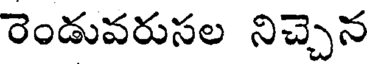
రెండువరుసల నిచ్చెన